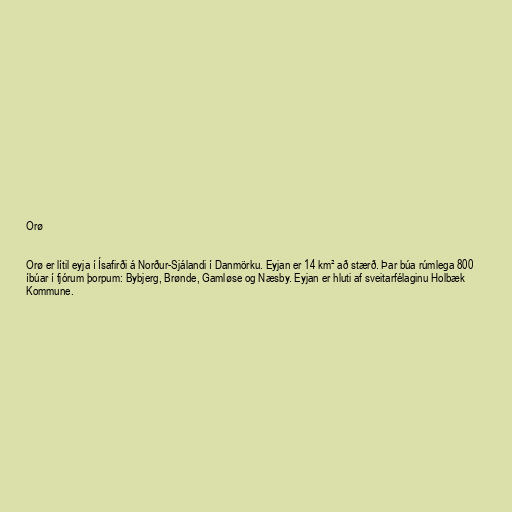
Orø

Orø er lítil eyja í Ísafirði á Norður-Sjálandi í Danmörku. Eyjan er 14 km² að stærð. Þar búa rúmlega 800
íbúar í fjórum þorpum: Bybjerg, Brønde, Gamløse og Næsby. Eyjan er hluti af sveitarfélaginu Holbæk
Kommune.